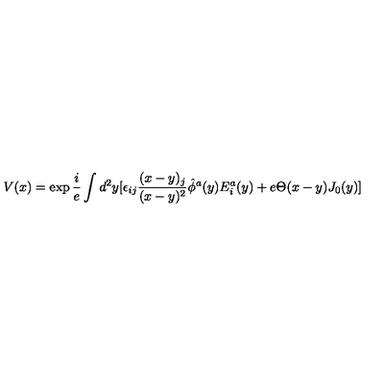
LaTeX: V ( x ) = \exp { \frac { i } { e } } \int d ^ { 2 } y [ \epsilon _ { i j } { \frac { ( x - y ) _ { j } } { ( x - y ) ^ { 2 } } } \hat { \phi } ^ { a } ( y ) E _ { i } ^ { a } ( y ) + e \Theta ( x - y ) J _ { 0 } ( y ) ]